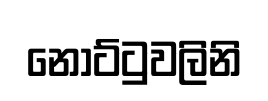
නෝට්ටුවලිනි